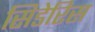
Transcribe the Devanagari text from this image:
सिडेरिस